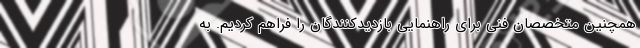
همچنین متخصصان فنی برای راهنمایی بازدیدکنندگان را فراهم کردیم. به